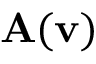
\mathbf { A } ( \mathbf { v } )